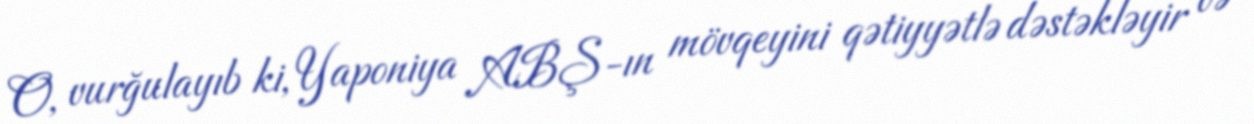
O, vurğulayıb ki, Yaponiya ABŞ-ın mövqeyini qətiyyətlə dəstəkləyir və